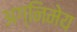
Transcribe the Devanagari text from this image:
अग्‍निमेय